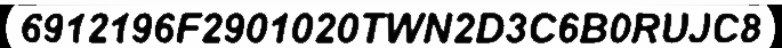
6912196F2901020TWN2D3C6B0RUJC8